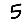
Digit: 5